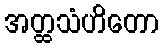
အတ္ထသံဟိတော